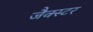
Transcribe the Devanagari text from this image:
जैक्स्टर